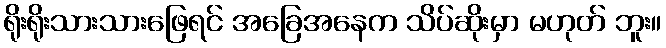
ရိုးရိုးသားသားဖြေရင် အခြေအနေက သိပ်ဆိုးမှာ မဟုတ် ဘူး။